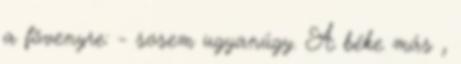
a fövenyre: - sosem ugyanúgy. A béke más ,